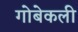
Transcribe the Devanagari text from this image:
गोबेकली